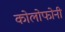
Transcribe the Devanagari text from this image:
कोलोफोनी